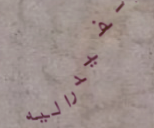
الفيدراليه